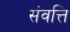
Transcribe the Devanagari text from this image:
संवत्ति